Calcutta medical institutions reports 1871-78
Year: 1871
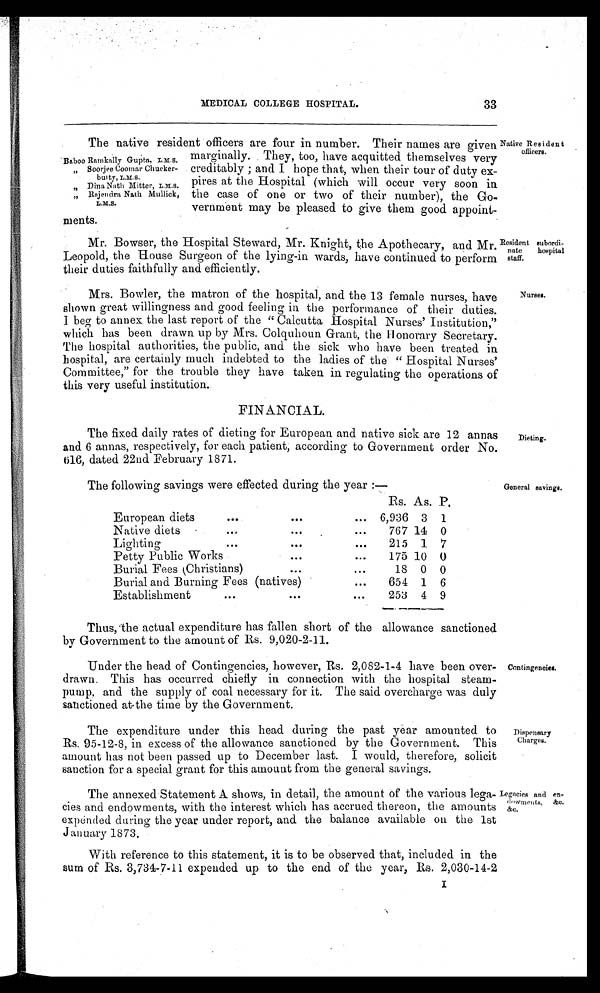
MEDICAL COLLEGE HOSPITAL.
33
The native resident officers are four in number. Their names are given
marginally.
ginally. . They, too, have acquitted themselves very
Baboo Rainka Gupa, L.M.S.
„ Soojee Coomar Ohucker- creditably ; and I hope that, when their tour of duty
exbuy ty, L.M.S. pines at the Hospital (which will occur very soon in
Dina Bath Mitter L.M.S.
Dina Nath Mullick, the case of one or two of their number), the Go.
L.M.S.
vernmént may be pleased to give them good appoint-
ments.
Mr. Bowser, the Hospital Steward, Mr. Knight, the Apothecary, and Mr,
Leopold, the House Surgeon of the lying-in wards, have continued to perform
their duties faithfully and efficiently.
Native Resident
officers.
Resident subordi-
nate hospital
staff.
Mrs. Bowler, the matron of the hospital, and the 13 female nurses, have
shown great willingness and good feeling in the performance of their duties.
I beg to annex the last report of the " Calcutta Hospital Nurses' Institution,"
which has been drawn up by Mrs. Colquhoun Grant, the I I onorary Secretary.
The hospital authorities, the public, and the sick who have been treated in.
hospital, are certainly much indebted to the ladies of the " Hospital Nurses'
Committee," for the trouble they have taken in regulating the operations of
t h i s
very 11O t11
FINANCIAL.
The fixed daily rates of dieting for European and native sick are 12 annas
and 6 annas, respectively, for each patient, according to Government order No.
616, dated 22nd February 1871.
The following savings were effected during the year :—
Rs. As. P.
European diets
6,936 3 1
Native diets
767 14 0
Lighting
215 1 7
Petty Public Works
175 10 0
Burial Fees (Christians)
18 0 0
Burial and Burning Fees (natives)
654 1 6
Establishment
253 4 9
Thus, the actual expenditure has fallen short of the allowance sanctioned
by Government to the amount of Rs. 9,020-2-11.
Under the head of Contingencies, however, Rs. 2,082-1-4 have been over-
drawn. This has occurred chiefly in connection with the hospital steam-
pump, and the supply of coal necessary for it. The said overcharge was duly
sanctioned at the, time by the Government.
The expenditure under this head during the past year amounted to
Rs. 95-12-8, in excess of the allowance sanctioned by the Government. This
amount has not been passed up to December last. I would, therefore, solicit
sanction for a special grant for this amount from the general savings.
The annexed Statement A shows, in detail, the amount of the various lega-
cies and endowments, with the interest which has accrued thereon, the amounts
expended during the year under report, and the balance available on the 1st
J anuary 1873.
With reference to this statement, it is to be observed that, included in the
sum of Rs. 3,734-7-11 expended up to the end of the year, Rs. 2,030-14-2
Nurses.
Dieting.
General savings.
Contingencies.
Dispensary
Charges.
Legacies and
en-dowments
&C.